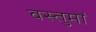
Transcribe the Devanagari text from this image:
वस्तुमों